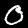
Label: 0